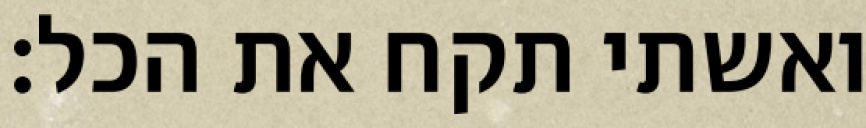
ואשתי תקח את הכל: